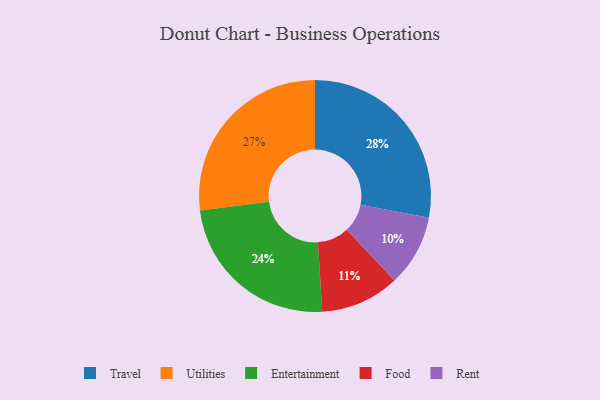
{"axis": {"x": "Category", "y": "Percentage"}, "legend": ["Entertainment", "Food", "Rent", "Travel", "Utilities"], "data": [{"x": "Entertainment", "y": 24, "type": "Entertainment"}, {"x": "Food", "y": 11, "type": "Food"}, {"x": "Rent", "y": 10, "type": "Rent"}, {"x": "Utilities", "y": 27, "type": "Utilities"}, {"x": "Travel", "y": 28, "type": "Travel"}]}